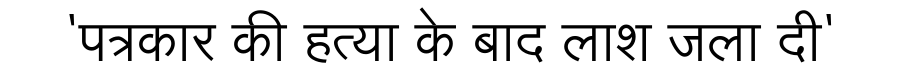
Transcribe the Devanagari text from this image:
'पत्रकार की हत्या के बाद लाश जला दी'